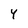
Character: Y